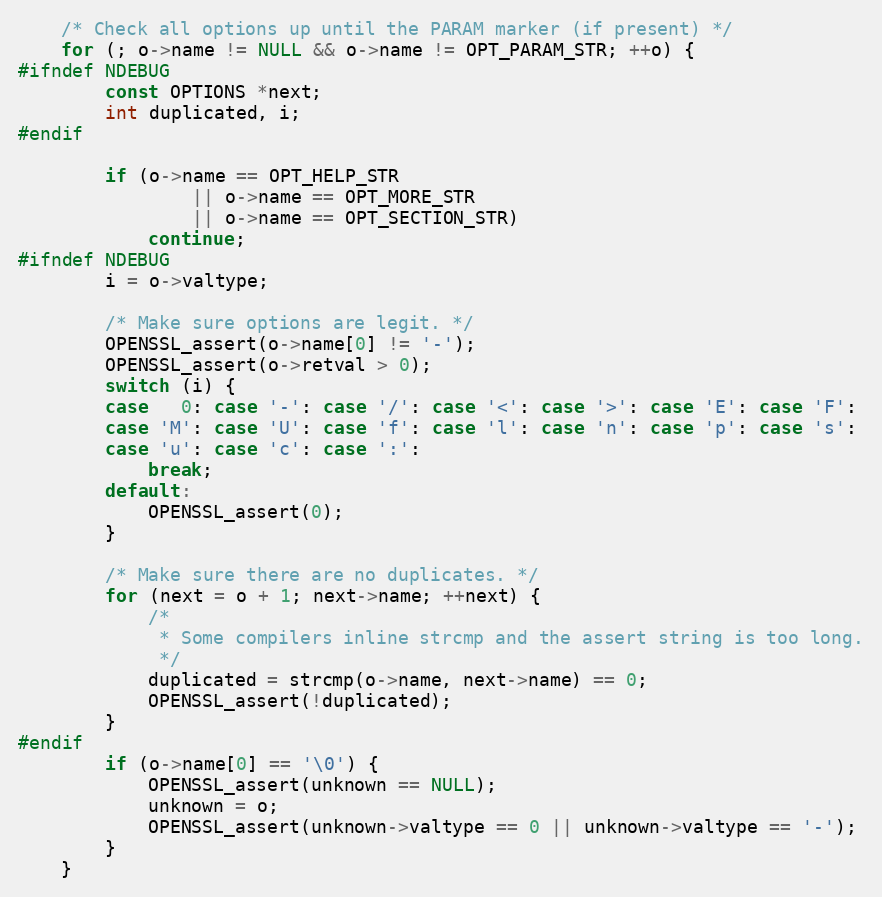
Language: C
    /* Check all options up until the PARAM marker (if present) */
    for (; o->name != NULL && o->name != OPT_PARAM_STR; ++o) {
#ifndef NDEBUG
        const OPTIONS *next;
        int duplicated, i;
#endif

        if (o->name == OPT_HELP_STR
                || o->name == OPT_MORE_STR
                || o->name == OPT_SECTION_STR)
            continue;
#ifndef NDEBUG
        i = o->valtype;

        /* Make sure options are legit. */
        OPENSSL_assert(o->name[0] != '-');
        OPENSSL_assert(o->retval > 0);
        switch (i) {
        case   0: case '-': case '/': case '<': case '>': case 'E': case 'F':
        case 'M': case 'U': case 'f': case 'l': case 'n': case 'p': case 's':
        case 'u': case 'c': case ':':
            break;
        default:
            OPENSSL_assert(0);
        }

        /* Make sure there are no duplicates. */
        for (next = o + 1; next->name; ++next) {
            /*
             * Some compilers inline strcmp and the assert string is too long.
             */
            duplicated = strcmp(o->name, next->name) == 0;
            OPENSSL_assert(!duplicated);
        }
#endif
        if (o->name[0] == '\0') {
            OPENSSL_assert(unknown == NULL);
            unknown = o;
            OPENSSL_assert(unknown->valtype == 0 || unknown->valtype == '-');
        }
    }